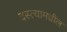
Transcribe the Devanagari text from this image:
दस्त्यामधील